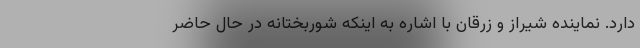
دارد. نماینده شیراز و زرقان با اشاره به اینکه شوربختانه در حال حاضر